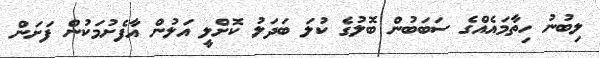
ލިބުނު ހިތާމައެއްގެ ސަބަބުން ބޮލުގެ ކުލަ ބަދަލު ކޮށްލީ އަލުން އާފެށުމަކުން ފަށަން